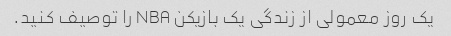
یک روز معمولی از زندگی یک بازیکن NBA را توصیف کنید.